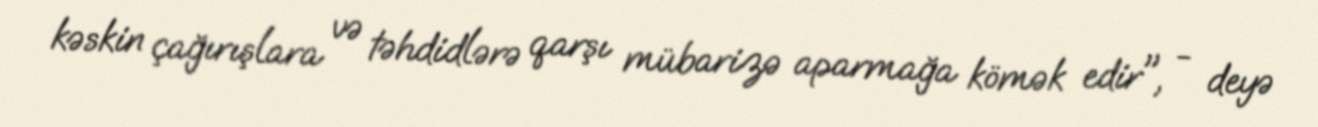
kəskin çağırışlara və təhdidlərə qarşı mübarizə aparmağa kömək edir", - deyə